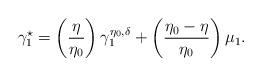
LaTeX: \begin{align*}\gamma_1^\star = \left( \frac{\eta}{\eta_0} \right) \gamma_1^{\eta_0, \delta} + \left( \frac{\eta_0 - \eta }{\eta_0} \right ) \mu_1.\end{align*}